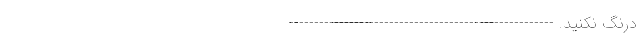
درنگ نکنید. -----------------------------------------------------